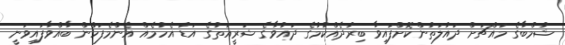
ޝުމްބާގެ މައްޗަށް ދައުލަތުންކޮށްފައިވާ ބިރުދެއްކުމުގެ ދައުވާގެ ޝަރީއަތުގެ އަޑު އެހުމެއް އެންމެފަހުން ބާއްވާފައިވަނީ